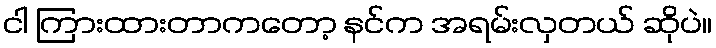
ငါ ကြားထားတာကတော့ နင်က အရမ်းလှတယ် ဆိုပဲ။